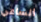
الساعي